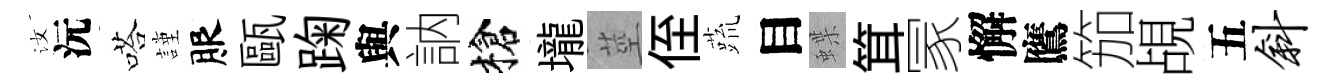
汝沅嗒謹服甌踘與訥槍壠莖侄蔬目蝶䇯冡懈鷹笳覘五斜